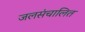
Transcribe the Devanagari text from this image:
जलसंचालित